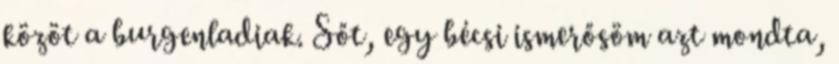
közöt a burgenladiak. Sőt, egy bécsi ismerősöm azt mondta,